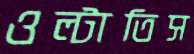
ওল্‌টাতিস